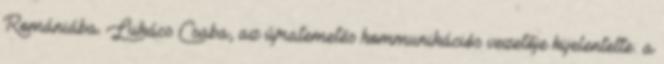
Romániába. Lukács Csaba, az újratemetés kommunikációs vezetője kijelentette: a